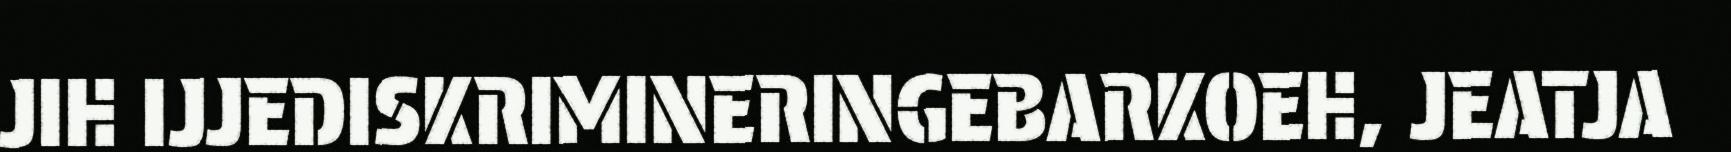
JIH IJJEDISKRIMINERINGEBARKOEH, JEATJA